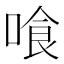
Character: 喰